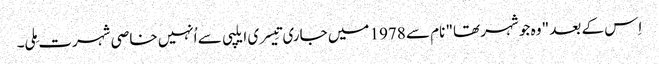
اِس کے بعد " وہ جو شہر تھا" نام سے 1978 میں جاری تِیسری ایلپی سے اُنہیں خاصی شہرت مِلی۔